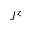
J ^ { z }